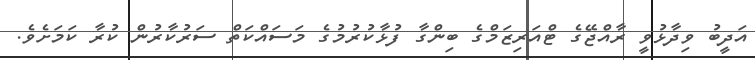
އަދީބު ވިދާޅުވީ ރާއްޖޭގެ ޓްއަރިޒަމްގެ ބިންގާ ފުޅާކުރުމުގެ މަސައްކަތް ސަރުކާރުން ކުރާ ކަމަށެވެ.